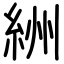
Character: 絒